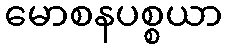
မောစနပစ္စယာ